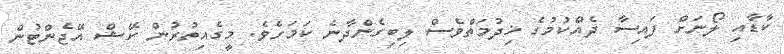
ކާޑާއި ލޯނަށް ފައިސާ ދެއްކުމުގެ ޚިދުމަތްވެސް ލިބިގެންދާނެ ކަމަށެވެ. މީގެއިތުރުން ކޭޝް އޭޖެންޓުން